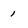
Character: 1